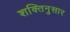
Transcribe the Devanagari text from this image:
शक्तिनुसार